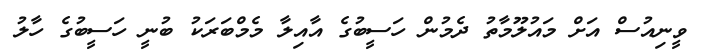
ވީނިއުސް އަށް މައުލޫމާތު ދެމުން ހަސީބުގެ އާއިލާ މެމްބަރަކު ބުނީ ހަސީބުގެ ހާލު